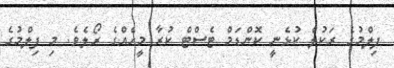
ފިލްމުގެ ރަކުލް ކުޅެނީ ކޮންޑަމް ޓެސްޓް ކުރާ މީހެއްގެ ރޯލެވެ. މި ފިލްމުގެ